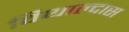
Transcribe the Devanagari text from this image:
विथाल्दास